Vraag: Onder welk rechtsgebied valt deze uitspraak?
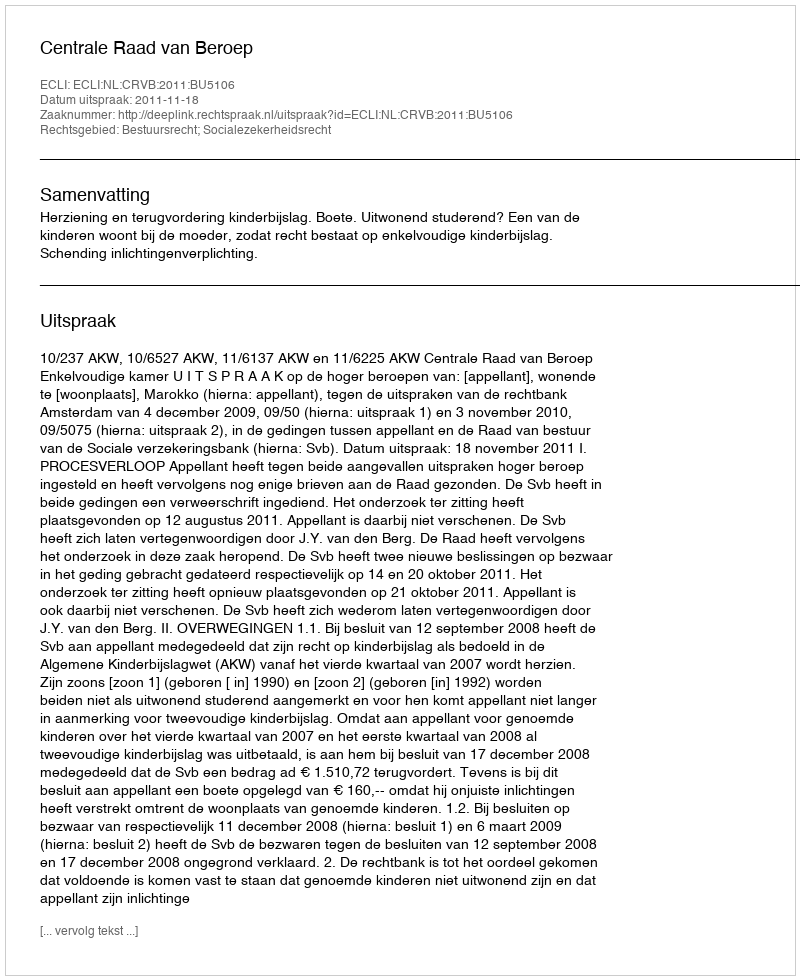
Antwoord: Bestuursrecht; Socialezekerheidsrecht